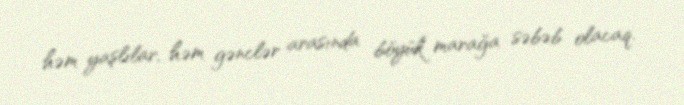
həm yaşlılar, həm gənclər arasında böyük marağa səbəb olacaq.